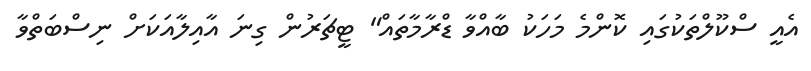
އެއީ ސްކޫލްތަކުގައި ކޮންމެ މަހަކު ބާއްވާ ޑްރާމާތައް" ޓީޗަރުން ގިނަ އާއިލާއަކަށް ނިސްބަތްވާ